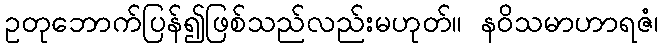
ဥတုဘောက်ပြန်၍ဖြစ်သည်လည်းမဟုတ်။ နဝိသမာဟာရဇံ၊